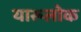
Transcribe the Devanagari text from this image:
यारूलोक